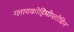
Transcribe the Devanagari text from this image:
ग्लायकोहिमोग्लोबिन